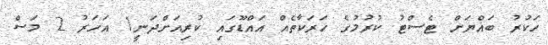
ހަކުރު ބައްޔަށް ޓެސްޓު ކުރުމުގެ ހަރަކާތެއް އައްޑޫގައި ކުރިއަށްދަނީ1 އަހަރު 2 މަސް